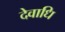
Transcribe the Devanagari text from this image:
देवाधि